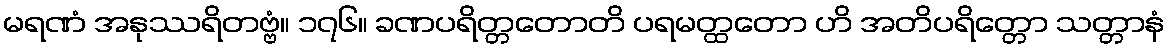
မရဏံ အနုဿရိတဗ္ဗံ။ ၁၇၆။ ခဏပရိတ္တတောတိ ပရမတ္ထတော ဟိ အတိပရိတ္တော သတ္တာနံ